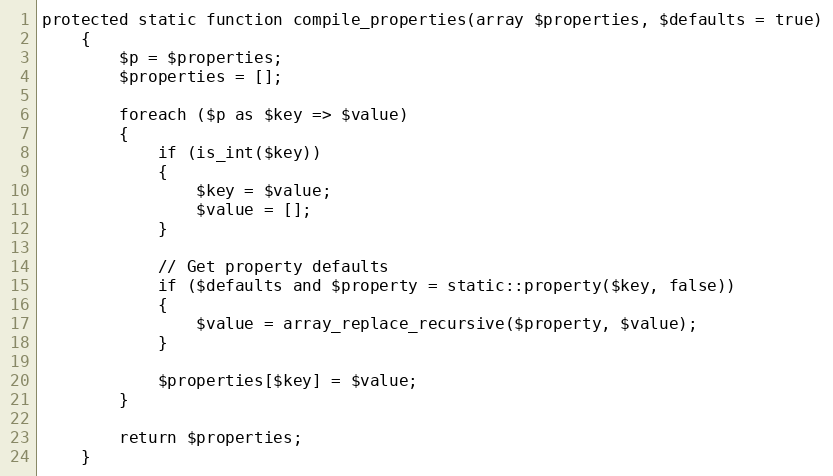
Language: PHP
protected static function compile_properties(array $properties, $defaults = true)
	{
		$p = $properties;
		$properties = [];

		foreach ($p as $key => $value)
		{
			if (is_int($key))
			{
				$key = $value;
				$value = [];
			}

			// Get property defaults
			if ($defaults and $property = static::property($key, false))
			{
				$value = array_replace_recursive($property, $value);
			}

			$properties[$key] = $value;
		}

		return $properties;
	}